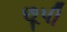
છૂપી